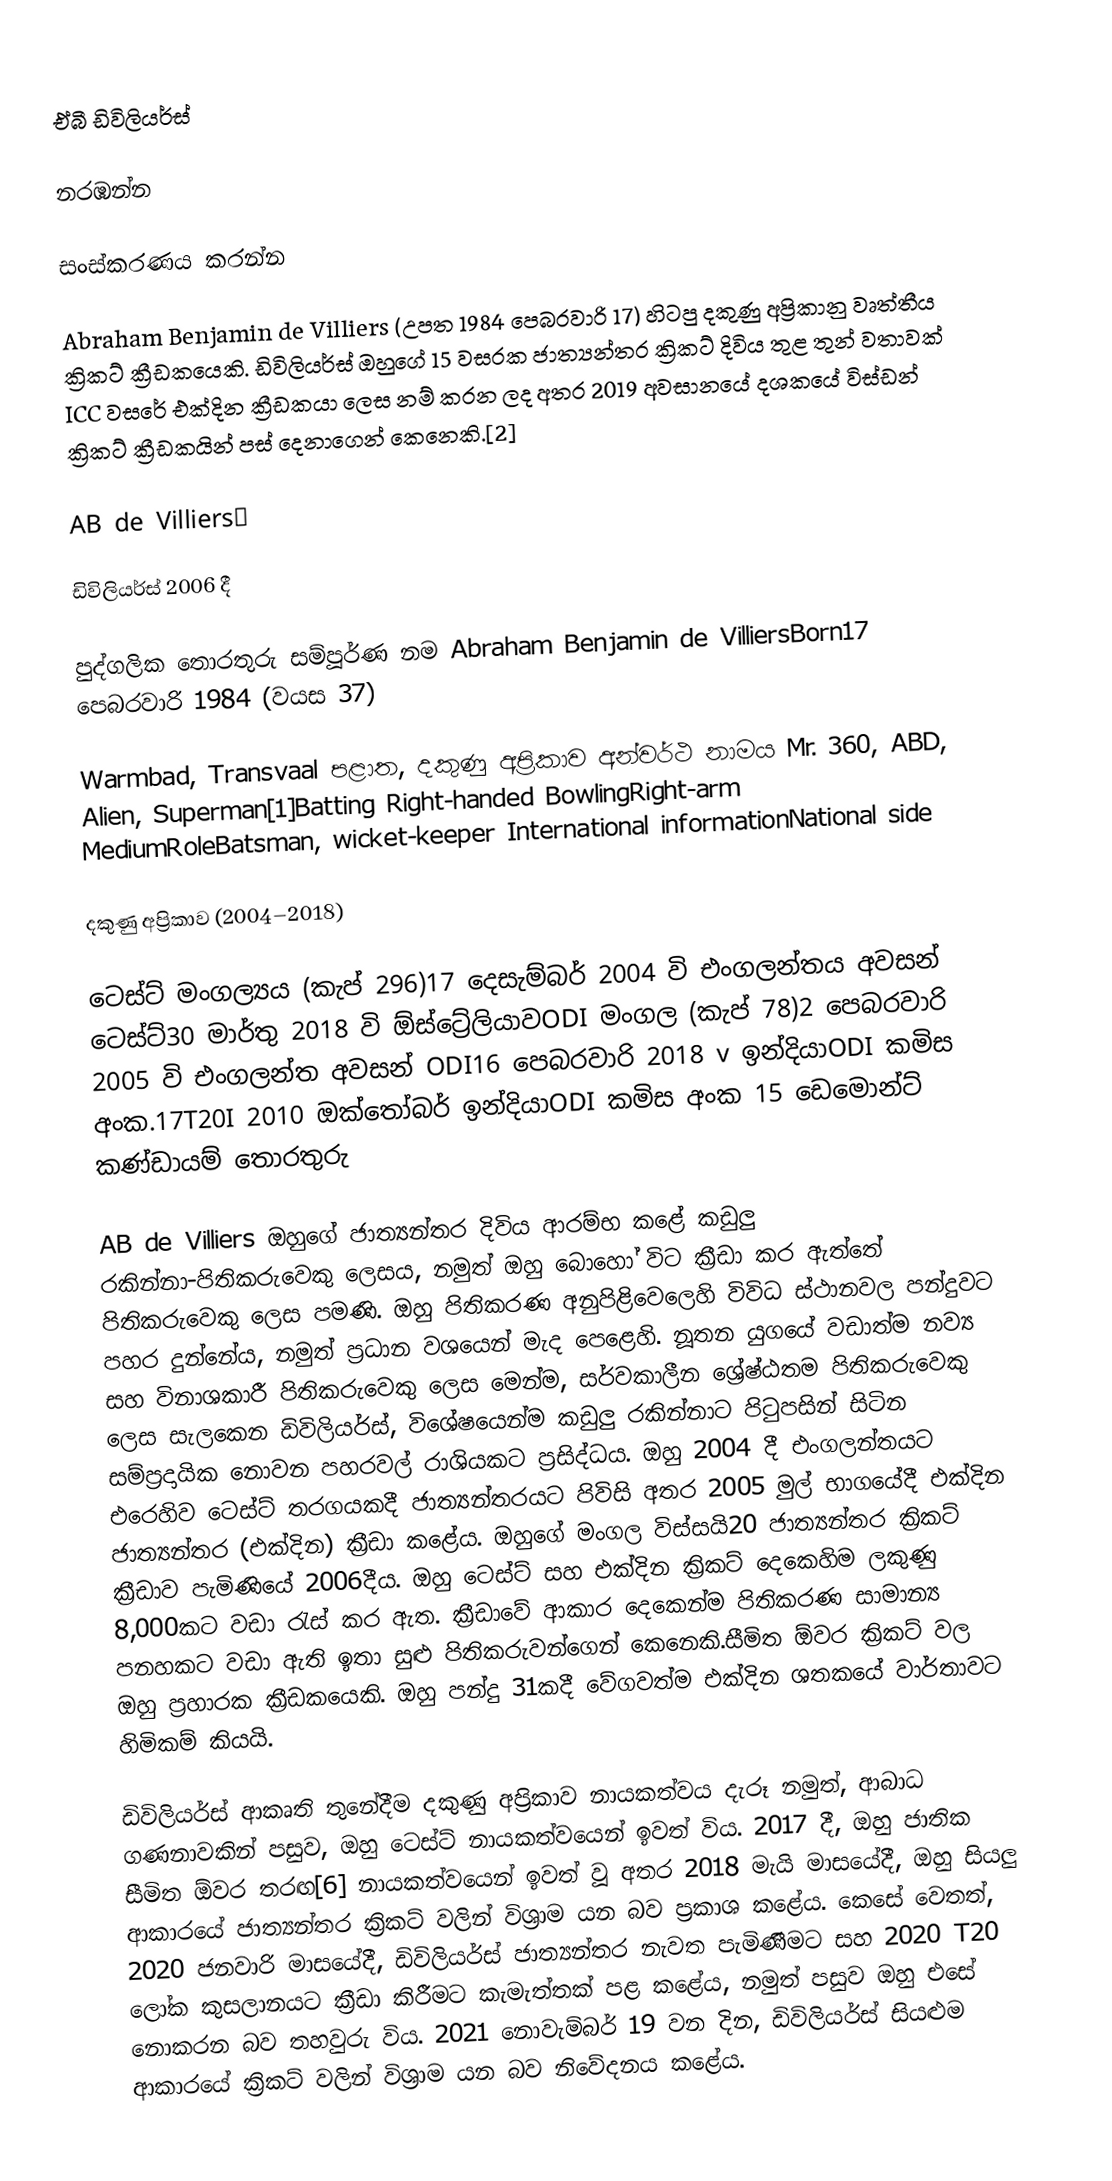
ඒබී ඩිවිලියර්ස්

නරඹන්න

සංස්කරණය කරන්න

Abraham Benjamin de Villiers (උපත 1984 පෙබරවාරි 17) හිටපු දකුණු අප්‍රිකානු වෘත්තීය ක්‍රිකට් ක්‍රීඩකයෙකි.  ඩිවිලියර්ස් ඔහුගේ 15 වසරක ජාත්‍යන්තර ක්‍රිකට් දිවිය තුළ තුන් වතාවක් ICC වසරේ එක්දින ක්‍රීඩකයා ලෙස නම් කරන ලද අතර 2019 අවසානයේ දශකයේ විස්ඩන් ක්‍රිකට් ක්‍රීඩකයින් පස් දෙනාගෙන් කෙනෙකි.[2]

AB de Villiers￼

ඩිවිලියර්ස් 2006 දී

පුද්ගලික තොරතුරු සම්පූර්ණ නම Abraham Benjamin de VilliersBorn17 පෙබරවාරි 1984 (වයස 37)

Warmbad, Transvaal පළාත, දකුණු අප්‍රිකාව අන්වර්ථ නාමය Mr.  360, ABD, Alien, Superman[1]Batting Right-handed BowlingRight-arm MediumRoleBatsman, wicket-keeper International informationNational side

දකුණු අප්‍රිකාව (2004–2018)

ටෙස්ට් මංගල්‍යය (කැප් 296)17 දෙසැම්බර් 2004 වි එංගලන්තය අවසන් ටෙස්ට්30 මාර්තු 2018 වි ඕස්ට්‍රේලියාවODI මංගල (කැප් 78)2 පෙබරවාරි 2005 වි එංගලන්ත අවසන් ODI16 පෙබරවාරි 2018 v ඉන්දියාODI කමිස අංක.17T20I 2010 ඔක්තෝබර් ඉන්දියාODI කමිස අංක 15 ඩෙමොන්ට් කණ්ඩායම් තොරතුරු

AB de Villiers ඔහුගේ ජාත්‍යන්තර දිවිය ආරම්භ කළේ කඩුලු රකින්නා-පිතිකරුවෙකු ලෙසය, නමුත් ඔහු බොහෝ විට ක්‍රීඩා කර ඇත්තේ පිතිකරුවෙකු ලෙස පමණි.  ඔහු පිතිකරණ අනුපිළිවෙලෙහි විවිධ ස්ථානවල පන්දුවට පහර දුන්නේය, නමුත් ප්‍රධාන වශයෙන් මැද පෙළෙහි.  නූතන යුගයේ වඩාත්ම නව්‍ය සහ විනාශකාරී පිතිකරුවෙකු ලෙස මෙන්ම, සර්වකාලීන ශ්‍රේෂ්ඨතම පිතිකරුවෙකු ලෙස සැලකෙන ඩිවිලියර්ස්, විශේෂයෙන්ම කඩුලු රකින්නාට පිටුපසින් සිටින සම්ප්‍රදායික නොවන පහරවල් රාශියකට ප්‍රසිද්ධය. ඔහු 2004 දී එංගලන්තයට එරෙහිව  ටෙස්ට් තරගයකදී ජාත්‍යන්තරයට පිවිසි අතර 2005 මුල් භාගයේදී එක්දින ජාත්‍යන්තර (එක්දින) ක්‍රීඩා කළේය. ඔහුගේ මංගල විස්සයි20 ජාත්‍යන්තර ක්‍රිකට් ක්‍රීඩාව පැමිණියේ 2006දීය. ඔහු ටෙස්ට් සහ එක්දින ක්‍රිකට් දෙකෙහිම ලකුණු 8,000කට වඩා  රැස් කර ඇත.  ක්‍රීඩාවේ ආකාර දෙකෙන්ම පිතිකරණ සාමාන්‍ය පනහකට වඩා ඇති ඉතා සුළු පිතිකරුවන්ගෙන් කෙනෙකි.සීමිත ඕවර ක්‍රිකට් වල ඔහු ප්‍රහාරක ක්‍රීඩකයෙකි. ඔහු පන්දු 31කදී වේගවත්ම එක්දින ශතකයේ වාර්තාවට හිමිකම් කියයි.

ඩිවිලියර්ස් ආකෘති තුනේදීම දකුණු අප්‍රිකාව නායකත්වය දැරූ නමුත්, ආබාධ ගණනාවකින් පසුව, ඔහු ටෙස්ට් නායකත්වයෙන් ඉවත් විය.  2017 දී, ඔහු ජාතික සීමිත ඕවර තරඟ[6] නායකත්වයෙන් ඉවත් වූ අතර 2018 මැයි මාසයේදී, ඔහු සියලු ආකාරයේ ජාත්‍යන්තර ක්‍රිකට් වලින් විශ්‍රාම යන බව ප්‍රකාශ කළේය. කෙසේ වෙතත්, 2020 ජනවාරි මාසයේදී, ඩිවිලියර්ස් ජාත්‍යන්තර නැවත පැමිණීමට සහ 2020 T20 ලෝක කුසලානයට ක්‍රීඩා කිරීමට කැමැත්තක් පළ කළේය, නමුත් පසුව ඔහු එසේ නොකරන බව තහවුරු විය. 2021 නොවැම්බර් 19 වන දින, ඩිවිලියර්ස් සියළුම ආකාරයේ ක්‍රිකට් වලින් විශ්‍රාම යන බව නිවේදනය කළේය.